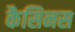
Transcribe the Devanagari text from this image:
कैसिनस